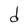
Character: d